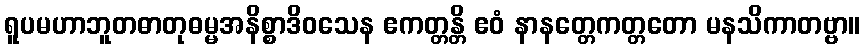
ရူပမဟာဘူတဓာတုဓမ္မအနိစ္စာဒိဝသေန ဧကတ္တန္တိ ဧဝံ နာနတ္တေကတ္တတော မနသိကာတဗ္ဗာ။